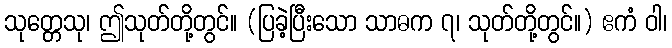
သုတ္တေသု၊ ဤသုတ်တို့တွင်။ (ပြခဲ့ပြီးသော သာဓက ၇၊ သုတ်တို့တွင်။) ဧကံ ဝါ၊